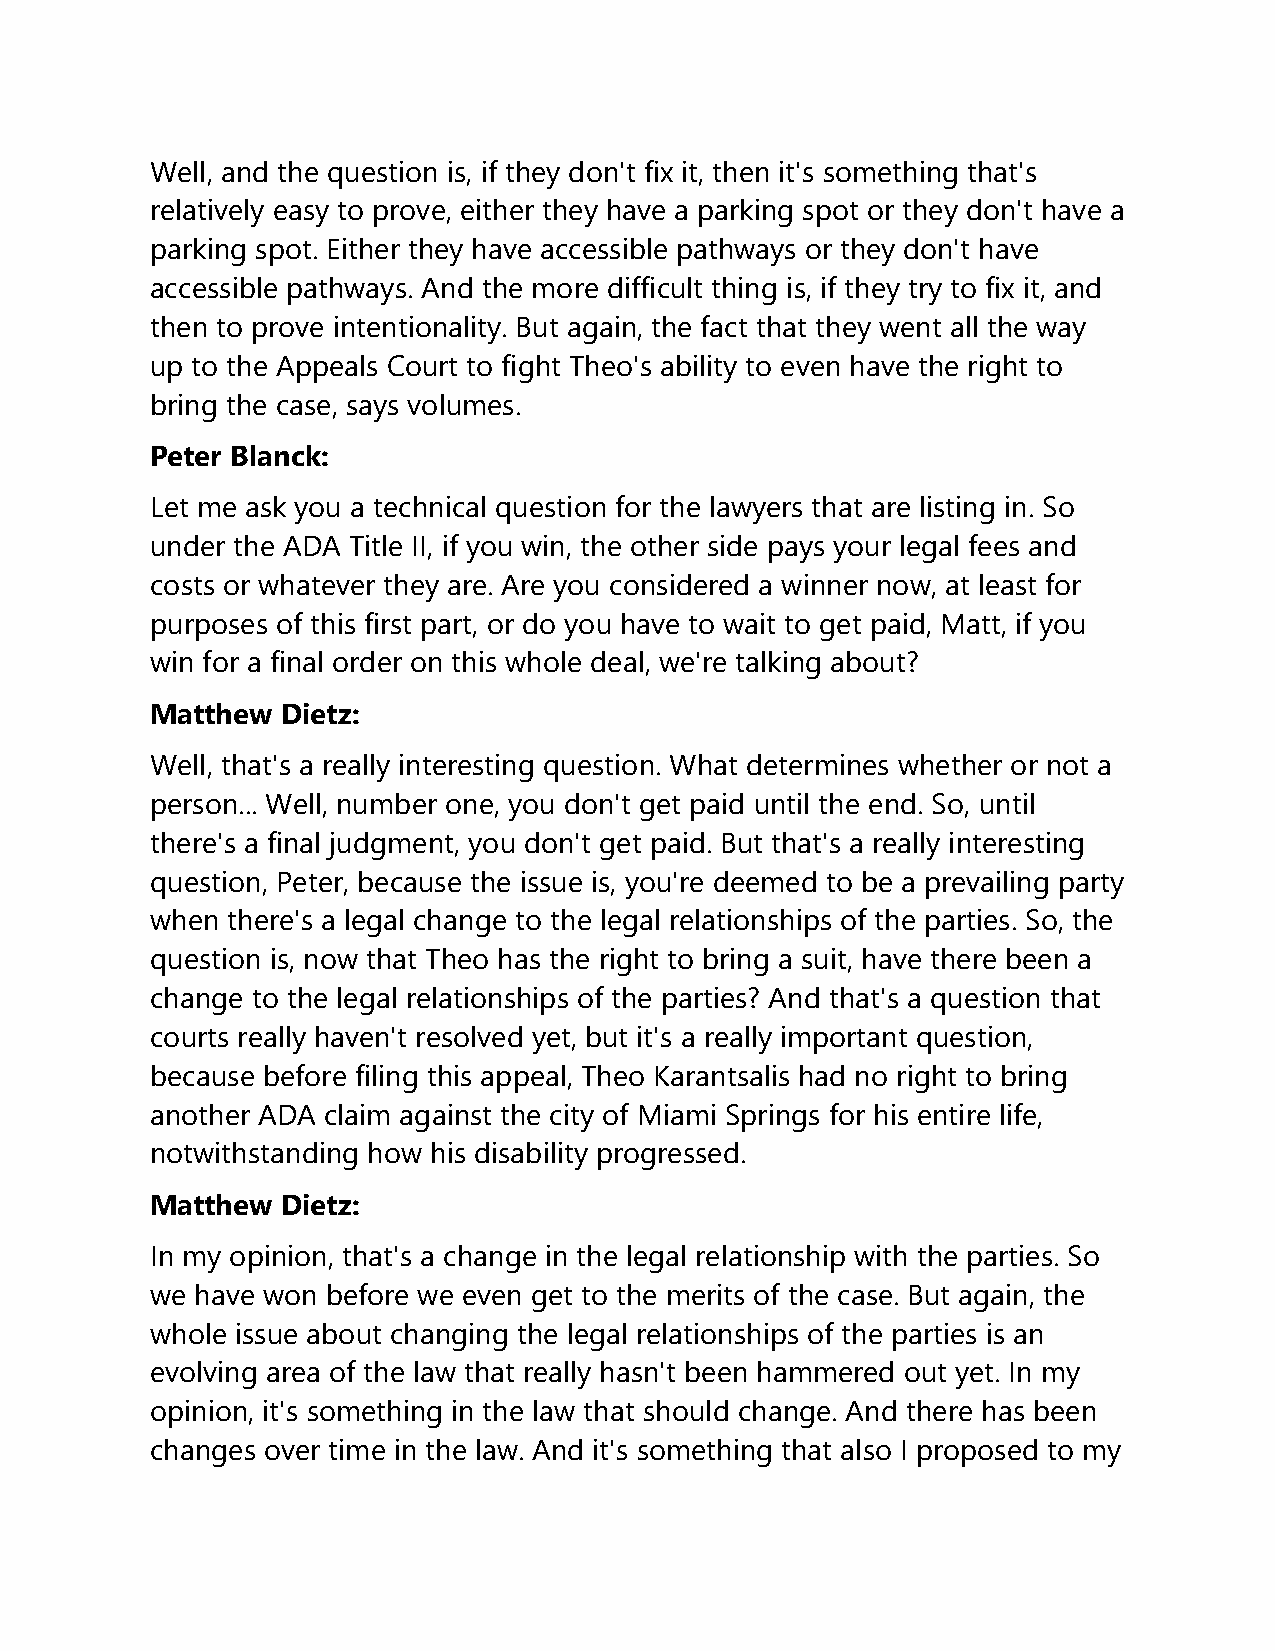
Well, and the question is, if they don't fix it, then it's something that's
 relatively easy to prove, either they have a parking spot or they don't have a
 parking spot. Either they have accessible pathways or they don't have
 accessible pathways. And the more difficult thing is, if they try to fix it, and
 then to prove intentionality. But again, the fact that they went all the way
 up to the Appeals Court to fight Theo's ability to even have the right to
 bring the case, says volumes.
 Peter Blanck:
 Let me ask you a technical question for the lawyers that are listing in. So
 under the ADA Title II, if you win, the other side pays your legal fees and
 costs or whatever they are. Are you considered a winner now, at least for
 purposes of this first part, or do you have to wait to get paid, Matt, if you
 win for a final order on this whole deal, we're talking about?
 Matthew  Dietz:
 Well, that's a really interesting question. What determines whether or not a
 person... Well, number one, you don't get paid until the end. So, until
 there's a final judgment, you don't get paid. But that's a really interesting
 question, Peter, because the issue is, you're deemed to be a prevailing party
 when there's a legal change to the legal relationships of the parties. So, the
 question is, now that Theo has the right to bring a suit, have there been a
 change to the legal relationships of the parties? And that's a question that
 courts really haven't resolved yet, but it's a really important question,
 because before filing this appeal, Theo Karantsalis had no right to bring
 another ADA claim against the city of Miami Springs for his entire life,
 notwithstanding how his disability progressed.
 Matthew  Dietz:
 In my opinion, that's a change in the legal relationship with the parties. So
 we have won before we even get to the merits of the case. But again, the
 whole issue about changing the legal relationships of the parties is an
 evolving area of the law that really hasn't been hammered out yet. In my
 opinion, it's something in the law that should change. And there has been
 changes over time in the law. And it's something that also I proposed to my